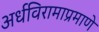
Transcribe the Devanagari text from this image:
अर्धविरामाप्रमाणे